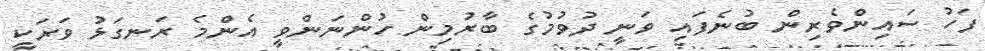
ފަހު ސައިންވެރިން ބުނެފައި ވަނީ ދުވުމުގެ ބާރުމިން ހުންނަންވީ އެންމެ ރަނގަޅު ވަރަކީ